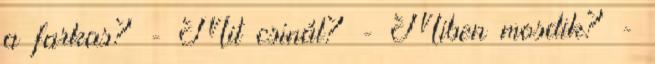
a farkas? - Mit csinál? - Miben mosdik? -